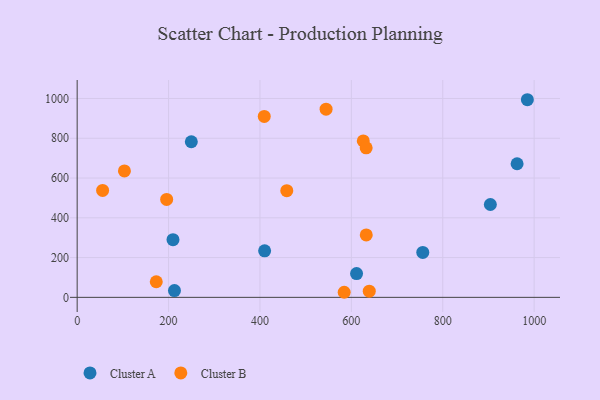
{"axis": {"x": "Study Hours", "y": "Demand"}, "legend": ["Cluster A", "Cluster B"], "data": [{"x": "962.7", "y": 671.8, "type": "Cluster A"}, {"x": "985.2", "y": 993.7, "type": "Cluster A"}, {"x": "209.7", "y": 289.9, "type": "Cluster A"}, {"x": "904.2", "y": 466.9, "type": "Cluster A"}, {"x": "410.2", "y": 233.9, "type": "Cluster A"}, {"x": "249.8", "y": 782.5, "type": "Cluster A"}, {"x": "611.4", "y": 119.3, "type": "Cluster A"}, {"x": "756.3", "y": 225.9, "type": "Cluster A"}, {"x": "212.9", "y": 34.2, "type": "Cluster A"}, {"x": "195.8", "y": 492.4, "type": "Cluster B"}, {"x": "639.2", "y": 30.9, "type": "Cluster B"}, {"x": "632.6", "y": 313.7, "type": "Cluster B"}, {"x": "584.3", "y": 25.5, "type": "Cluster B"}, {"x": "409.4", "y": 909.7, "type": "Cluster B"}, {"x": "626.1", "y": 786.3, "type": "Cluster B"}, {"x": "632.4", "y": 752.0, "type": "Cluster B"}, {"x": "55.7", "y": 537.8, "type": "Cluster B"}, {"x": "544.7", "y": 946.3, "type": "Cluster B"}, {"x": "103.4", "y": 635.9, "type": "Cluster B"}, {"x": "458.7", "y": 536.5, "type": "Cluster B"}, {"x": "173.1", "y": 78.5, "type": "Cluster B"}]}